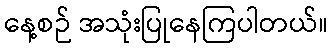
နေ့စဉ် အသုံးပြုနေကြပါတယ်။